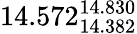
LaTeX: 14.572_{14.382}^{14.830}